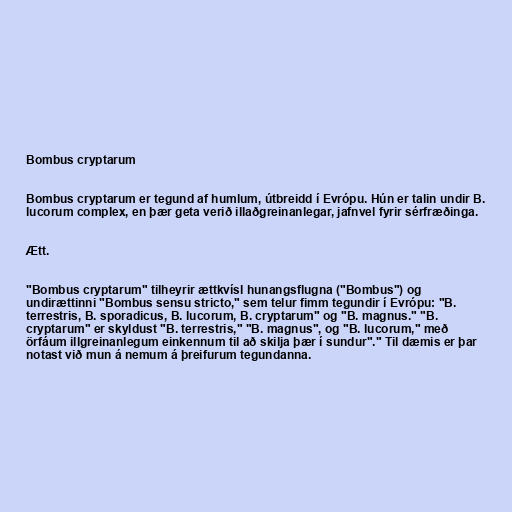
Bombus cryptarum

Bombus cryptarum er tegund af humlum, útbreidd í Evrópu. Hún er talin undir B.
lucorum complex, en þær geta verið illaðgreinanlegar, jafnvel fyrir sérfræðinga.

Ætt.

"Bombus cryptarum" tilheyrir ættkvísl hunangsflugna ("Bombus") og
undirættinni "Bombus sensu stricto," sem telur fimm tegundir í Evrópu: "B.
terrestris, B. sporadicus, B. lucorum, B. cryptarum" og "B. magnus." "B.
cryptarum" er skyldust "B. terrestris," "B. magnus", og "B. lucorum," með
örfáum illgreinanlegum einkennum til að skilja þær í sundur"." Til dæmis er þar
notast við mun á nemum á þreifurum tegundanna.